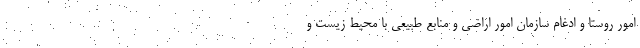
امور روستا و ادغام سازمان امور اراضی و منابع طبیعی با محیط زیست و